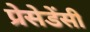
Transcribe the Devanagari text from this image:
प्रेसेडेंसी